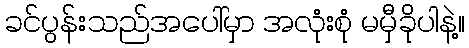
ခင်ပွန်းသည်အပေါ်မှာ အလုံးစုံ မမှီခိုပါနဲ့။